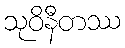
သုဝိနီတဿ